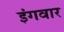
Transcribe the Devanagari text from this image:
इंगवार